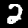
Label: 2